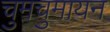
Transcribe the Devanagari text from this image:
चुमचुमायन